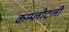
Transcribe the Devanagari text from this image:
कम्प्लीटली